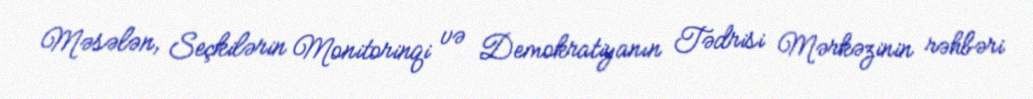
Məsələn, Seçkilərin Monitorinqi və Demokratiyanın Tədrisi Mərkəzinin rəhbəri